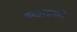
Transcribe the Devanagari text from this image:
स्‍वागतार्ह